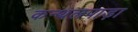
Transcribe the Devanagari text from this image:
कन्थलपाड़ा